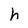
Character: h